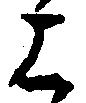
上